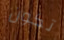
تكون